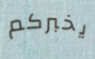
يخبركم